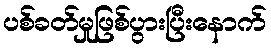
ပစ်ခတ်မှုဖြစ်ပွားပြီးနောက်